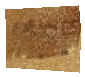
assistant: נבו